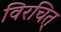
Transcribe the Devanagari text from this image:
विरचित्